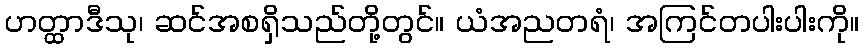
ဟတ္ထာဒီသု၊ ဆင်အစရှိသည်တို့တွင်။ ယံအညတရံ၊ အကြင်တပါးပါးကို။